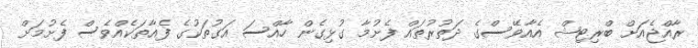
ރާއްޖެއަށް ބްރިޓިޝް އެއާވޭސްގެ ދަތުރުތައް ފެށުމާ ގުޅިގެން ހާއްސަ އަގުތަކުގެ ފެއާތަކެއްވެސް ފެށުމަށް